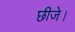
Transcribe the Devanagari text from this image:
छीजे।